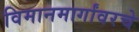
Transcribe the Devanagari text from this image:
विमानमार्गांवरचे